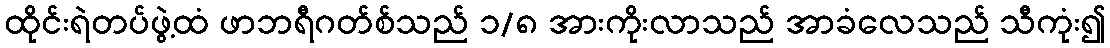
ထိုင်းရဲတပ်ဖွဲ့ထံ ဖာဘရီဂတ်စ်သည် ၁/၈ အားကိုးလာသည် အာခံလေသည် သီကုံး၍